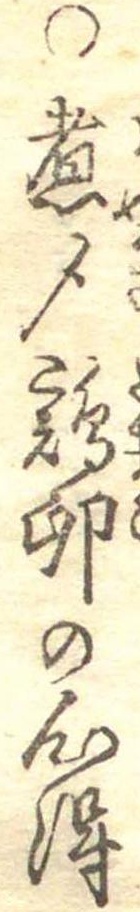
○煮〆鶏卵の心得